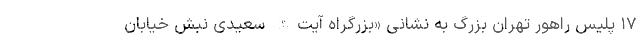
۱۷ پلیس راهور تهران بزرگ به نشانی «بزرگراه آیت‌الله سعیدی نبش خیابان